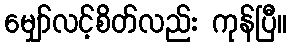
မျှော်လင့်စိတ်လည်း ကုန်ပြီ။